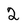
Character: 2